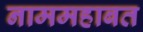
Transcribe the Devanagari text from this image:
नाममहाबत